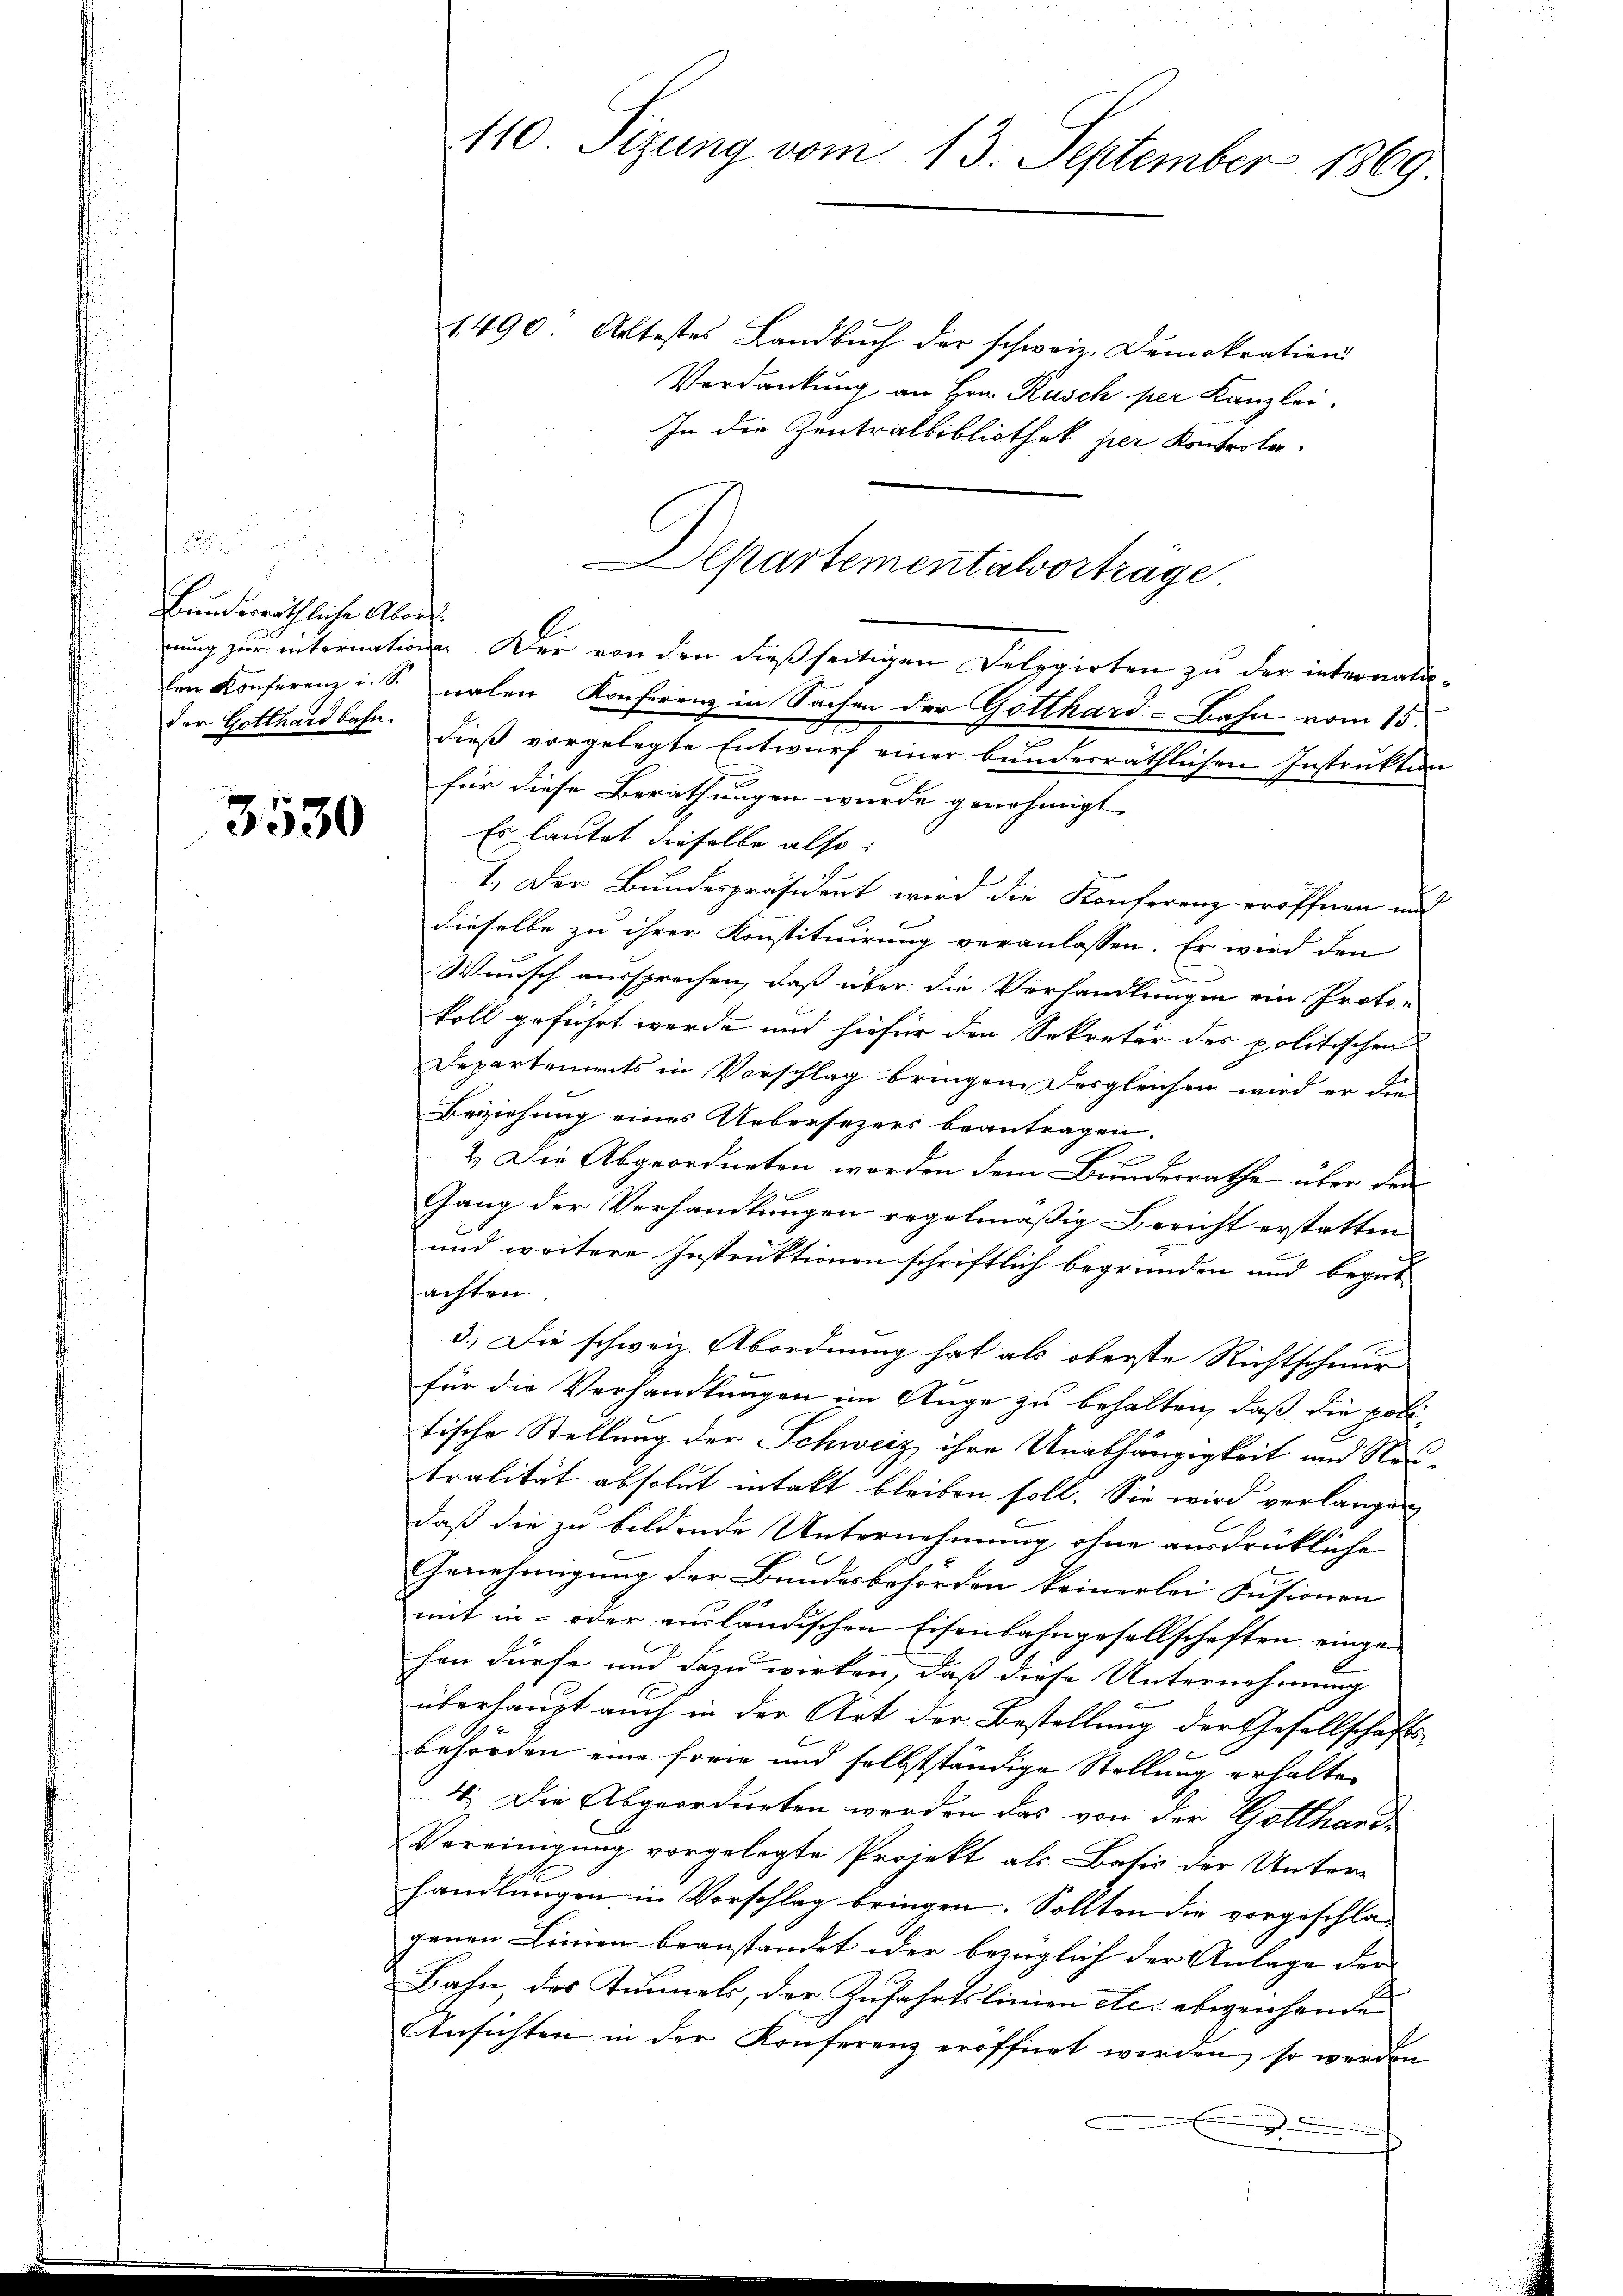
Bunderräthliche Abor

3530

110 Sizung vom 13. September 1869.

1490 Aktestes Landbuch der schweiz. Demokrations
Verdankung an Hrn. Rusch per Kanzlei.
In die Zentralbibliothek per Kontrole.
ung zur internation. Der von den dießseitigen Delegirten zu der internatilen Konferenz i. S. nahen Konferenz in Sachen der Gotthard-Bahn vom 15.
der Gotthardbahn. dieß vorgelegte Entwurf einer bundesräthlichen Instruktion
für diese Berathungen wurde genehmigt.
Es lautet dieselbe also
1.) Der Bundespräsident wird die Konferenz eröffnen und
dieselbe zu ihrer Konstituirung veranlassen. Er wird den
d
Wunsch aussprechen, daß über die Verhandlungen ein Protokoll geführt werde und hiefür den Sekretär des politischen
Departements in Vorschlag bringen. Desgleichen wird er die
Beiziehung eines Uebersezers beantragen.
2
2. Die Abgeordneten worden dem Bundesrathe über den
Gang der Verhandlungen regelmäßig Bericht erstatten
und weitere Instruktionen schriftlich begründen und begut
achten
3.) Die schweiz. Abordnung hat als oberste Richtschnur
für die Verhandlungen im Auge zu behalten, daß die poli
tische Stellung der Schweiz ihre Unabhängigkeit und Neutralität absolut intakt bleiben soll. Sie wird verlangen
daß die zu bildende Unternehmung ohne ausdrückliche
Genehmigung der Bundesbehörden keinerlei Fusionen
mit in - oder ausländischen Eisenbahngesellschaften eingehen dürfe und dazu wirken, daß diese Unternehmung
überhaupt auch in der Art der Bestellung der Gesellschafts
behörden eine freie und selbstständige Stellung erhalten
4. Die Abgeordneten werden das von der Gotthand-
Vereinigung vorgelegte Projekt als Basis der Unter-
handlungen in Vorschlag bringen. Sollten die vorgeschla-
genen Linien beanstandet oder bezüglich der Anlage der
Bahn, das Tunnels, der Zufahrtslinien etc. abweichende
Ansichten in der Konferenz eröffnet werden, so werden

epartementalvorträge.